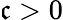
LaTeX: \mathfrak{c}>0